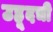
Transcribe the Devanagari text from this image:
उहूदची